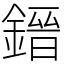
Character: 𨫌